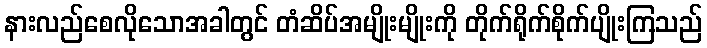
နားလည်စေလိုသောအခါတွင် တံဆိပ်အမျိုးမျိုးကို တိုက်ရိုက်စိုက်ပျိုးကြသည်